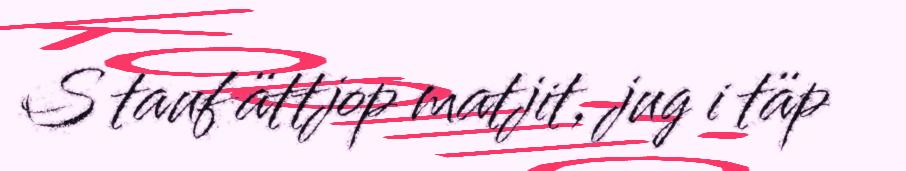
S tauf ättjop matjit, jug i täp